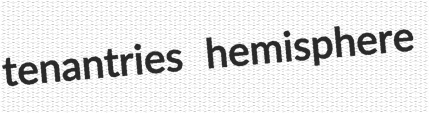
tenantries hemisphere